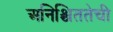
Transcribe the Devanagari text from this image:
अनिश्चिततेची